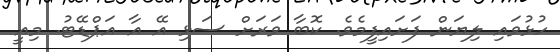
ހުޅުވައި ލިޔަން ފަށައިފީމެވެ. ކޮބާ ވަރަށް ސަޅި އޭ އާ އަޕްޑޭޓު. މިއީ